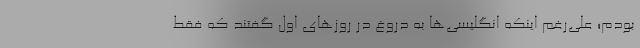
بودم؛ علی‌رغم اینکه انگلیسی‌ها به دروغ در روزهای اول گفتند که فقط